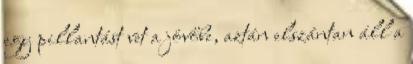
egy pillantást vet a jövőbe, aztán elszántan áll a